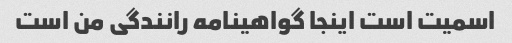
اسمیت است اینجا گواهینامه رانندگی من است